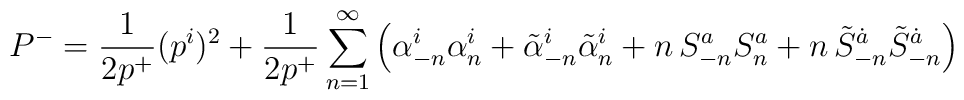
P^-=\frac{1}{2p^+}(p^i)^2+\frac{1}{2p^+}\sum_{n=1}^\infty\left(\alpha^i_{-n} \alpha^i_{n}+\tilde{\alpha}^i_{-n} \tilde{\alpha}^i_{n}  + n \,S^a_{-n} S^a_{n}+ n \,\tilde{S}^{\dot{a}}_{-n}\tilde{S}^{\dot{a}}_{-n}\right) \nonumber